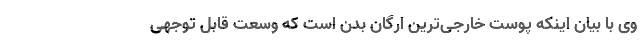
وی با بیان اینکه پوست خارجی‌ترین ارگان بدن است که وسعت قابل توجهی